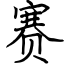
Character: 赛